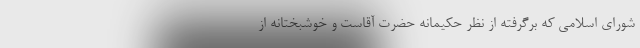
شورای اسلامی که برگرفته از نظر حکیمانه حضرت آقاست و خوشبختانه از